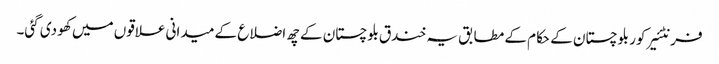
فرنٹئیر کور بلوچستان کے حکام کے مطابق یہ خندق بلوچستان کے چھ اضلاع کے میدانی علاقوں میں کھو دی گئی۔